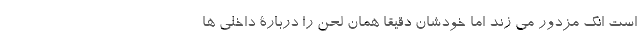
است انگ مزدور می زند اما خودشان دقیقا همان لحن را دربارۀ داخلی ها